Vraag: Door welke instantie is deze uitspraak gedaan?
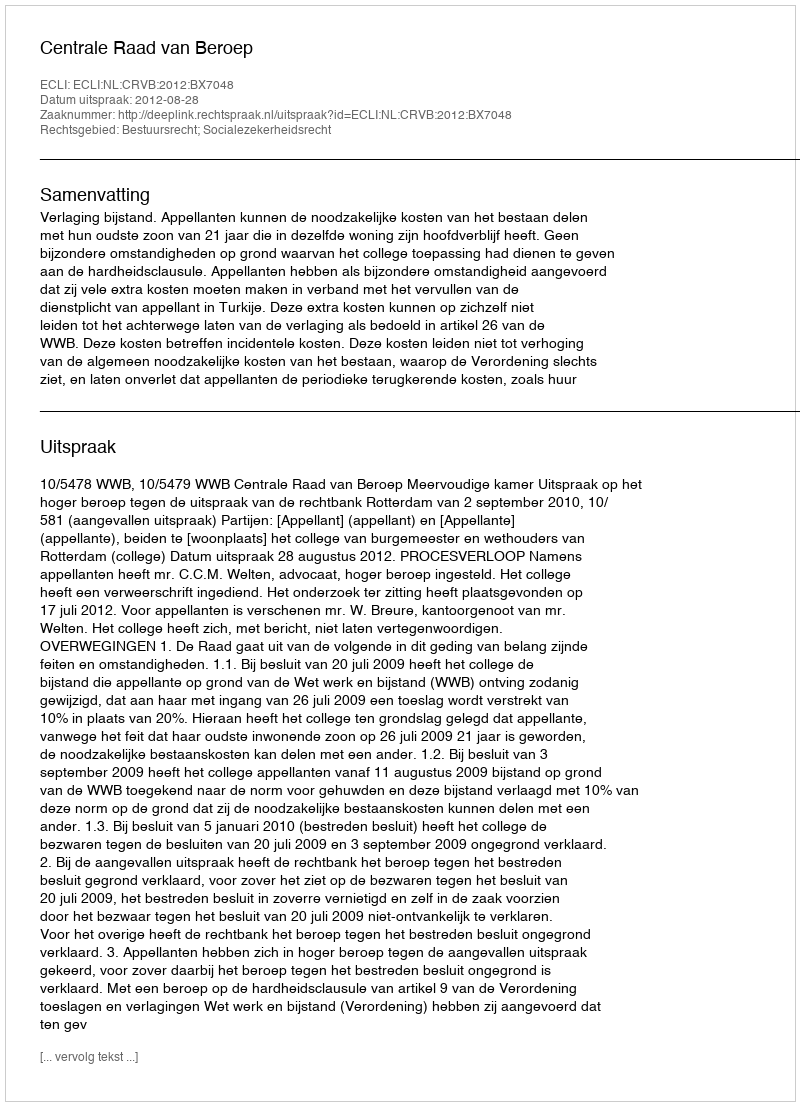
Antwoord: Centrale Raad van Beroep